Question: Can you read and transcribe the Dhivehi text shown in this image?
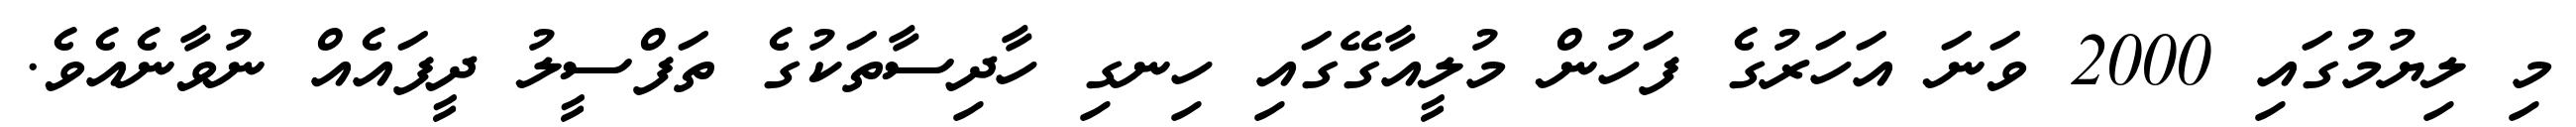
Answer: މި ލިޔުމުގައި 2000 ވަނަ އަހަރުގެ ފަހުން މުލީއާގޭގައި ހިނގި ހާދިސާތަކުގެ ތަފްސީލު ދީފައެއް ނުވާނެއެވެ.